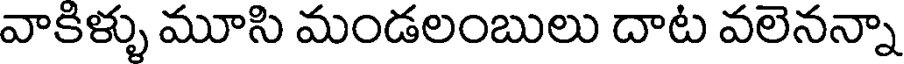
వాకిళ్ళు మూసి మండలంబులు దాట వలెనన్నా